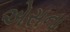
એસના